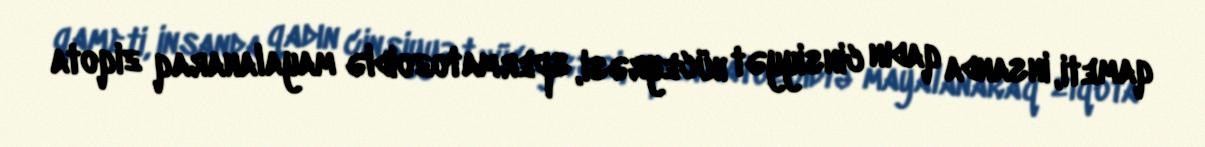
qameti, insanda qadın cinsiyyət hüceyrəsi, spermatozoidlə mayalanaraq ziqota